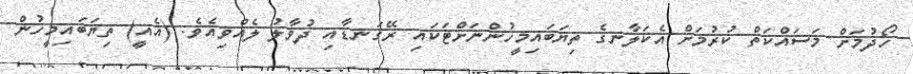
ހޯދުމަށް މަސައްކަތް ކުރުމަށް އެކަލާނގެ ތިޔަބައިމީހުންނަށްޓަކައި ރޭގަނޑާއި ދުވާލު ލެއްވިއެވެ. (އެއީ) ތިޔަބައިމީހުން